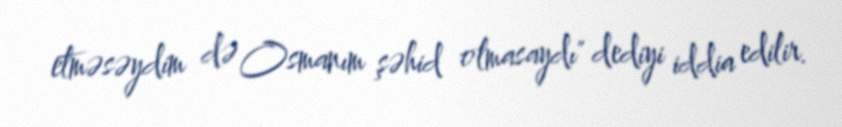
etməsəydim də Osmanım şəhid olmasaydı" dediyi iddia edilir.